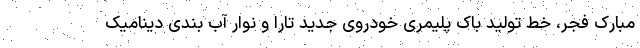
مبارک فجر، خط تولید باک پلیمری خودروی جدید تارا و نوار آب بندی دینامیک